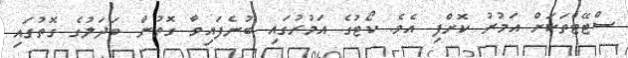
ސްޓޭޓްތަކަށް އަމުރު ކޮށްފި އެވެ. ކޯޓުގެ އަމުރުގައި ބުނެފައިވާ ގޮތުން ބަދަލުގެ ގޮތުގައި